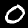
Digit: 0